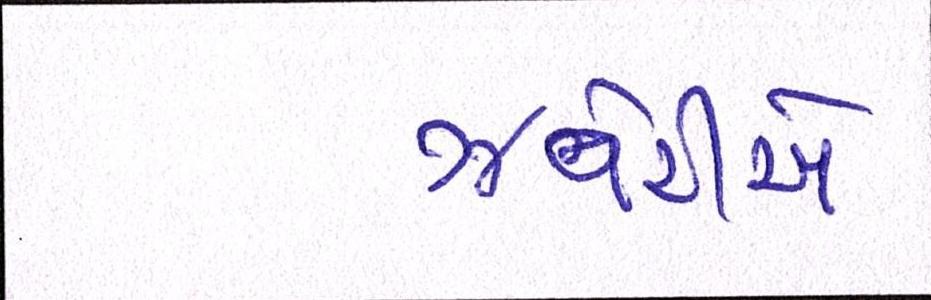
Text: ઝવેરીએ